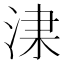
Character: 𣵏